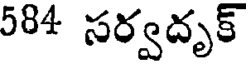
584 సర్వదృక్